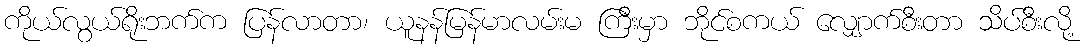
ကိုယ်လွယ်ရိုးဘက်က ပြန်လာတာ၊ ယူနန်မြန်မာလမ်းမ ကြီးမှာ ဘိုင်စကယ် လျှောက်စီးတာ သိပ်စီးလို့